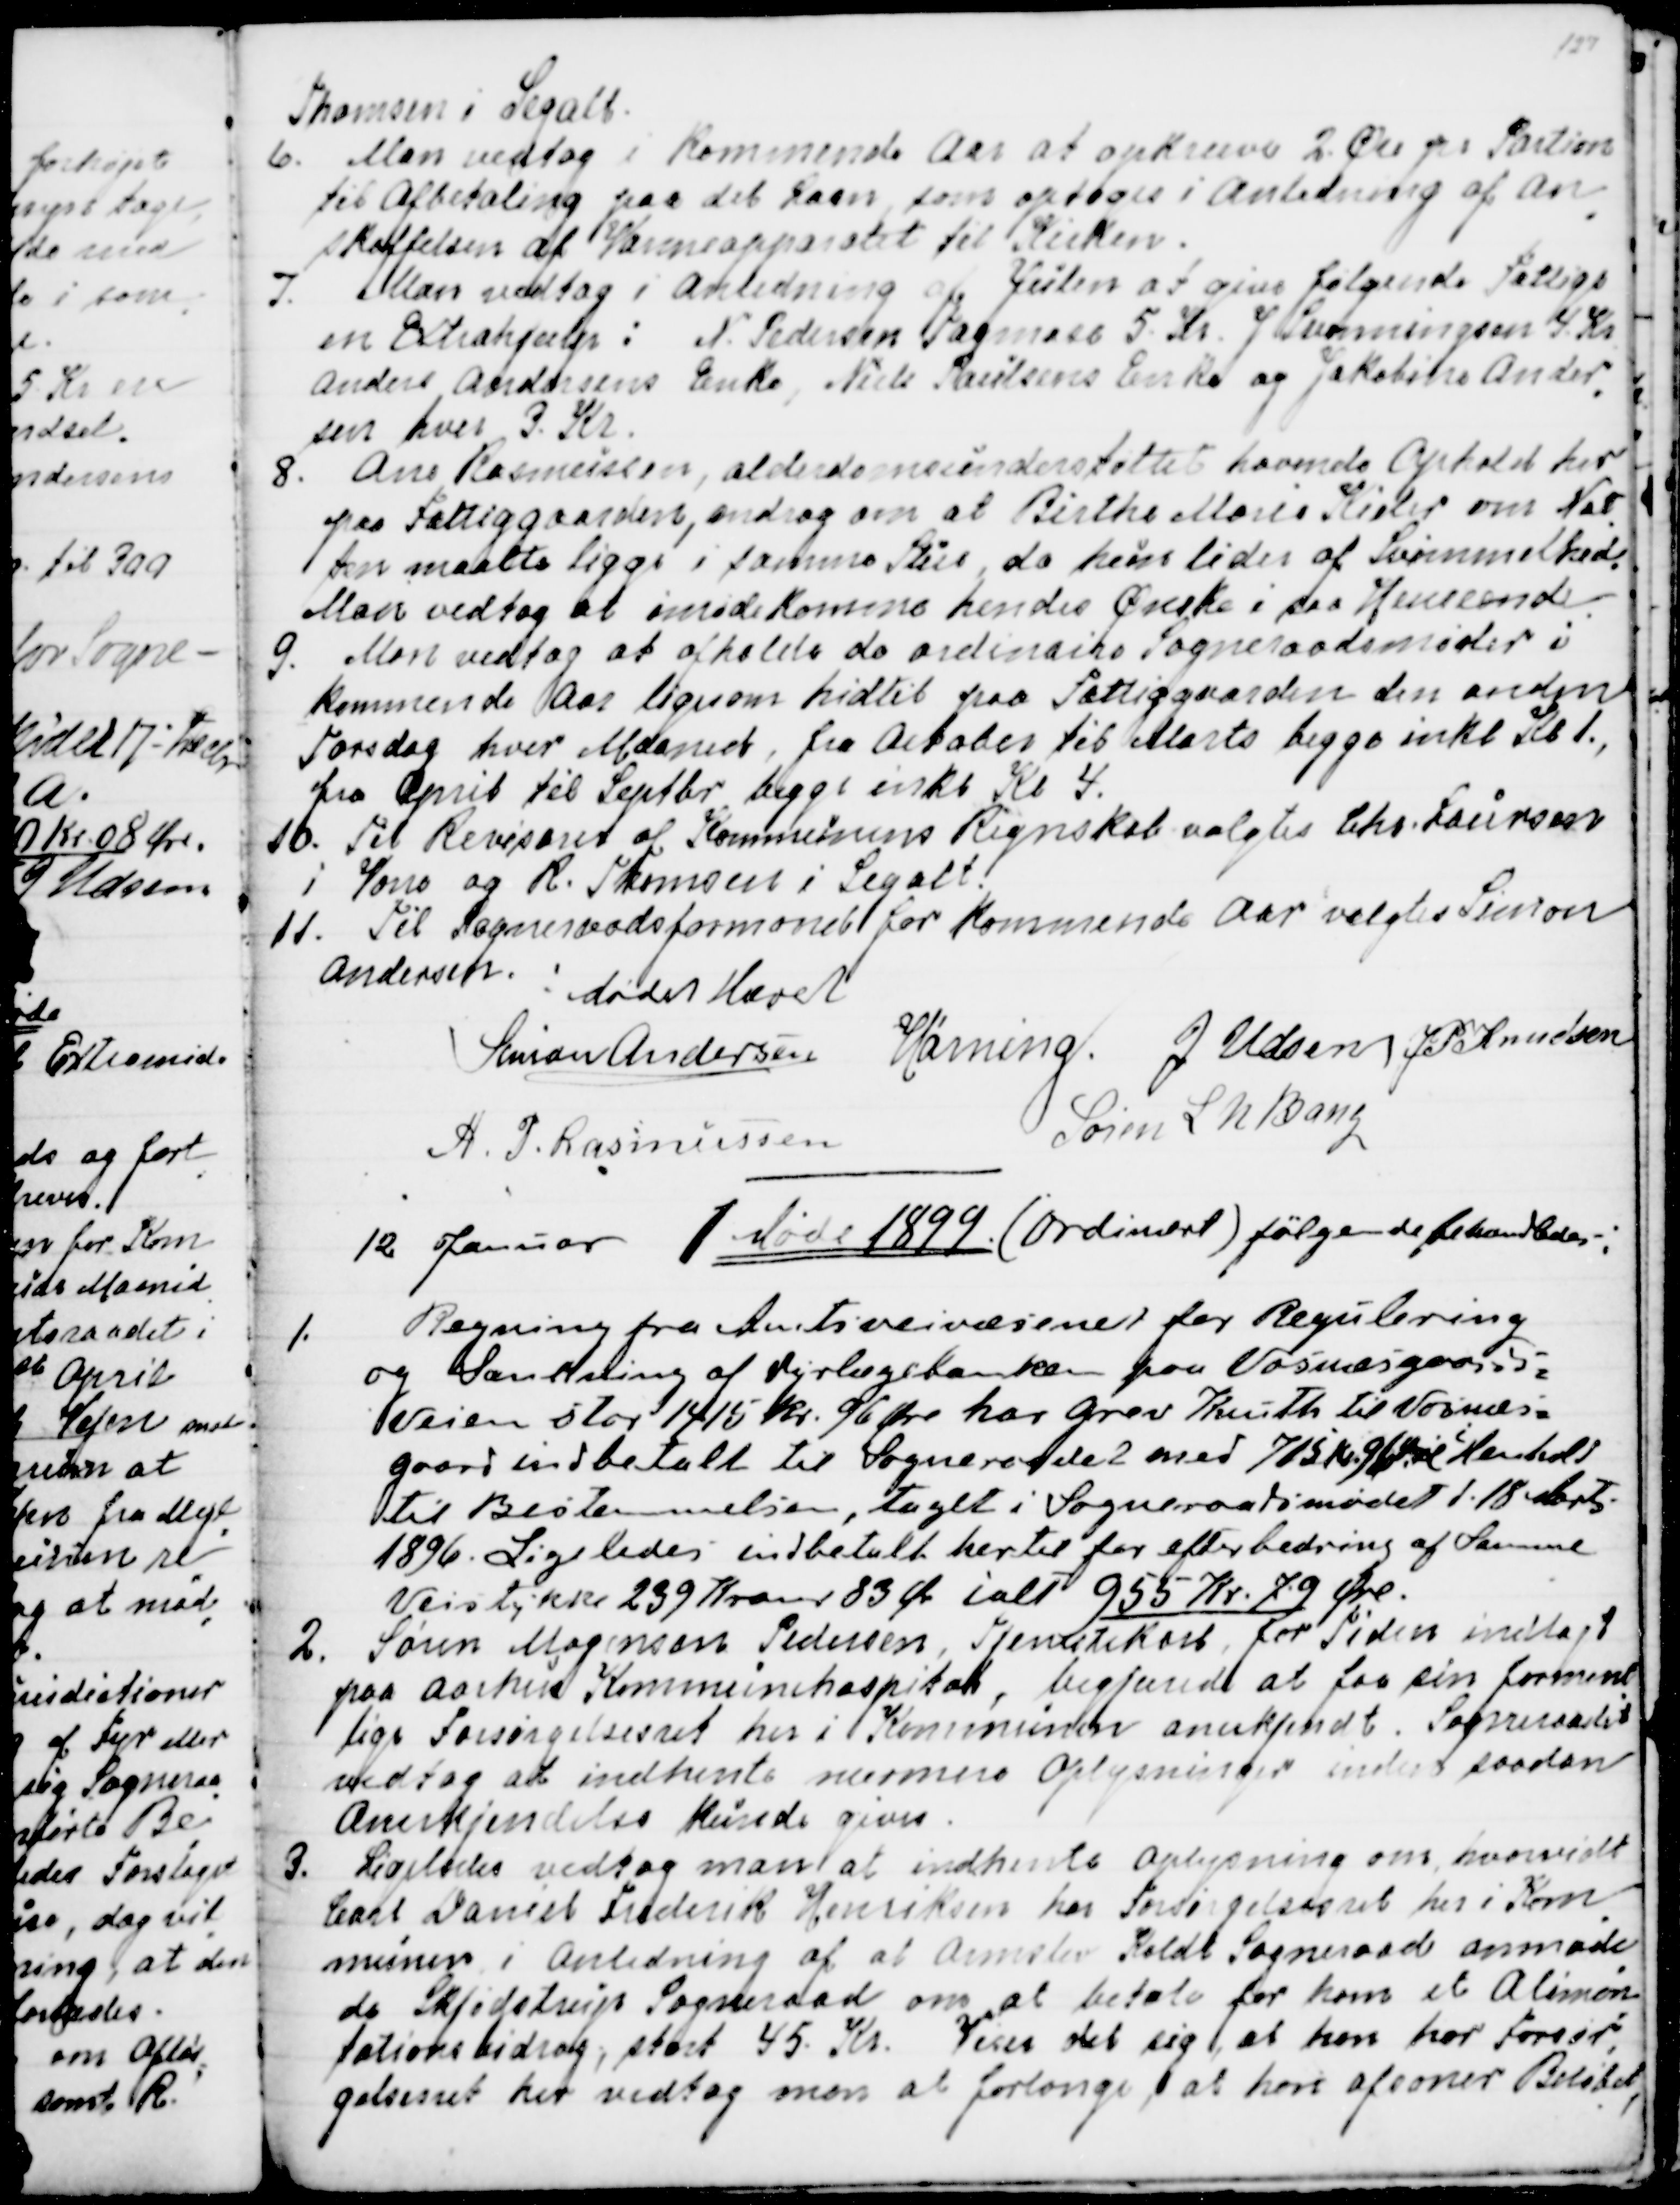
Transskription:
Thomsen i Segalt
6. Man vedtog i kommende Aar at opkræve 2 Øre pr Portion
til Afbetaling paa det Laan, som optoges i Anledning af an
=
skaffelsen af Varmeapparatet til Kirken.
7. Man vedtog i Anledning af Julen at give følgende Fattige
en Extrahjælp: N. Pedersen Tagmose 5. Kr. J. Svenningsen 4. Kr.
Anders Andersens Enke, Niels Poulsens Enke og Jakobine Ander
=
sen hver 3. Kr.
8. Ane Rasmussen, alderdomsunderstøttet, havende Ophold her
paa Fattiggaarden, androg om at Birthe Marie Kieler om Nat
=
ten maatte ligge i samme Stue, da hun lider af Svimmelhed.
Man vedtog at imødekomme hendes Ønske i saa Henseende.
9. Man vedtog at afholde de ordinaire Sogneraadsmøder i 
kommende Aar ligesom hidtil paa Fattiggaarden den anden 
Torsdag hver Maaned, fra October til Marts begge inkl Kl 1.,
fra April til Septbr begge inkl Kl 4.
10. Til Revisorer af Kommunens Regnskab valgtes Chr. Laursen
i Vorre og R. Thomsen i Segalt.
11. Til Sogneraadsformand for kommende Aar valgtes Simon 
Andersen.
Mødet hævet
Simon Andersen
Hørning.
J Udsen
J. P. Knudsen
A. P. Rasmussen
Søren L N Bang

12 Januar 1 Møde 1899. (Ordinært) følgende behandledes:
1.
Regning fra Amtsveivæsenet for Regulering
og Sænkning af Dyrlægebakken paa Vosnæsgaard=
Veien stor 1415 Kr. 96 Øre har Grev Knuth til Vosnæs=
gaard indbetalt til Sogneraadet med 715 Kr 96 Øre 
i
Henhold
til Bestemmelsen, taget i Sogneraadsmødet d.18 Marts
1896. Ligeledes indbetalt hertil for efterbedring af Samme
Veistykke 239 Kroner 83 Ø. ialt 955 Kr. 79 Øre.
2. Søren Mogensen Pedersen, Tjenestekarl, for Tiden indlagt
paa Aarhus Kommunehospital, begjærede at faa sin forment
=
lige Forsørgelsesret her i Kommunen anerkjendt . Sogneraadet
vedtog at indhente nærmere Oplysninger inden saadan
Anerkjendelse kunde gives.
3.  Ligeledes vedtog man at indhente Oplysning om, hvorvidt
Carl Daniel Frederik Henriksen har Forsørgelsesret her i Kom
=
munen i Anledning af at Ormslev Koldt Sogneraade anmode
=
de Skjødstrup Sogneraad om at betale for ham et Alimen
=
tationsbidrag, stort 45. Kr. Viser det sig, at han har Forsør
=
gelsesret her vedtog man at forlange, at han afsoner Beløbet,